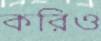
করিও